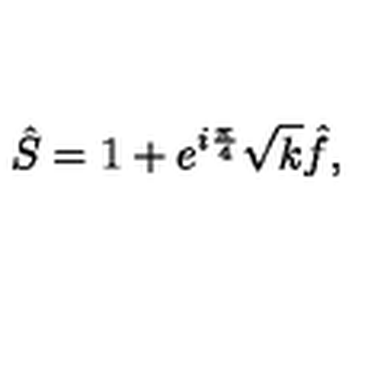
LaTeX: \hat { S } = 1 + e ^ { i \frac { \pi } { 4 } } \sqrt { k } \hat { f } ,